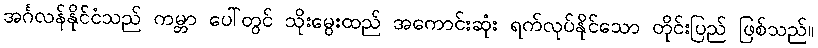
အင်္ဂလန်နိုင်ငံသည် ကမ္ဘာ ပေါ်တွင် သိုးမွေးထည် အကောင်းဆုံး ရက်လုပ်နိုင်သော တိုင်းပြည် ဖြစ်သည်။